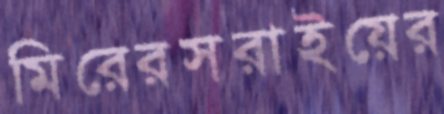
মিরেরসরাইয়ের